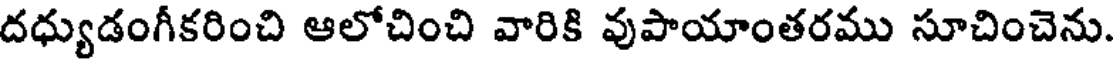
దధ్యుడంగీకరించి ఆలోచించి వారికి వుపాయాంతరము సూచించెను.